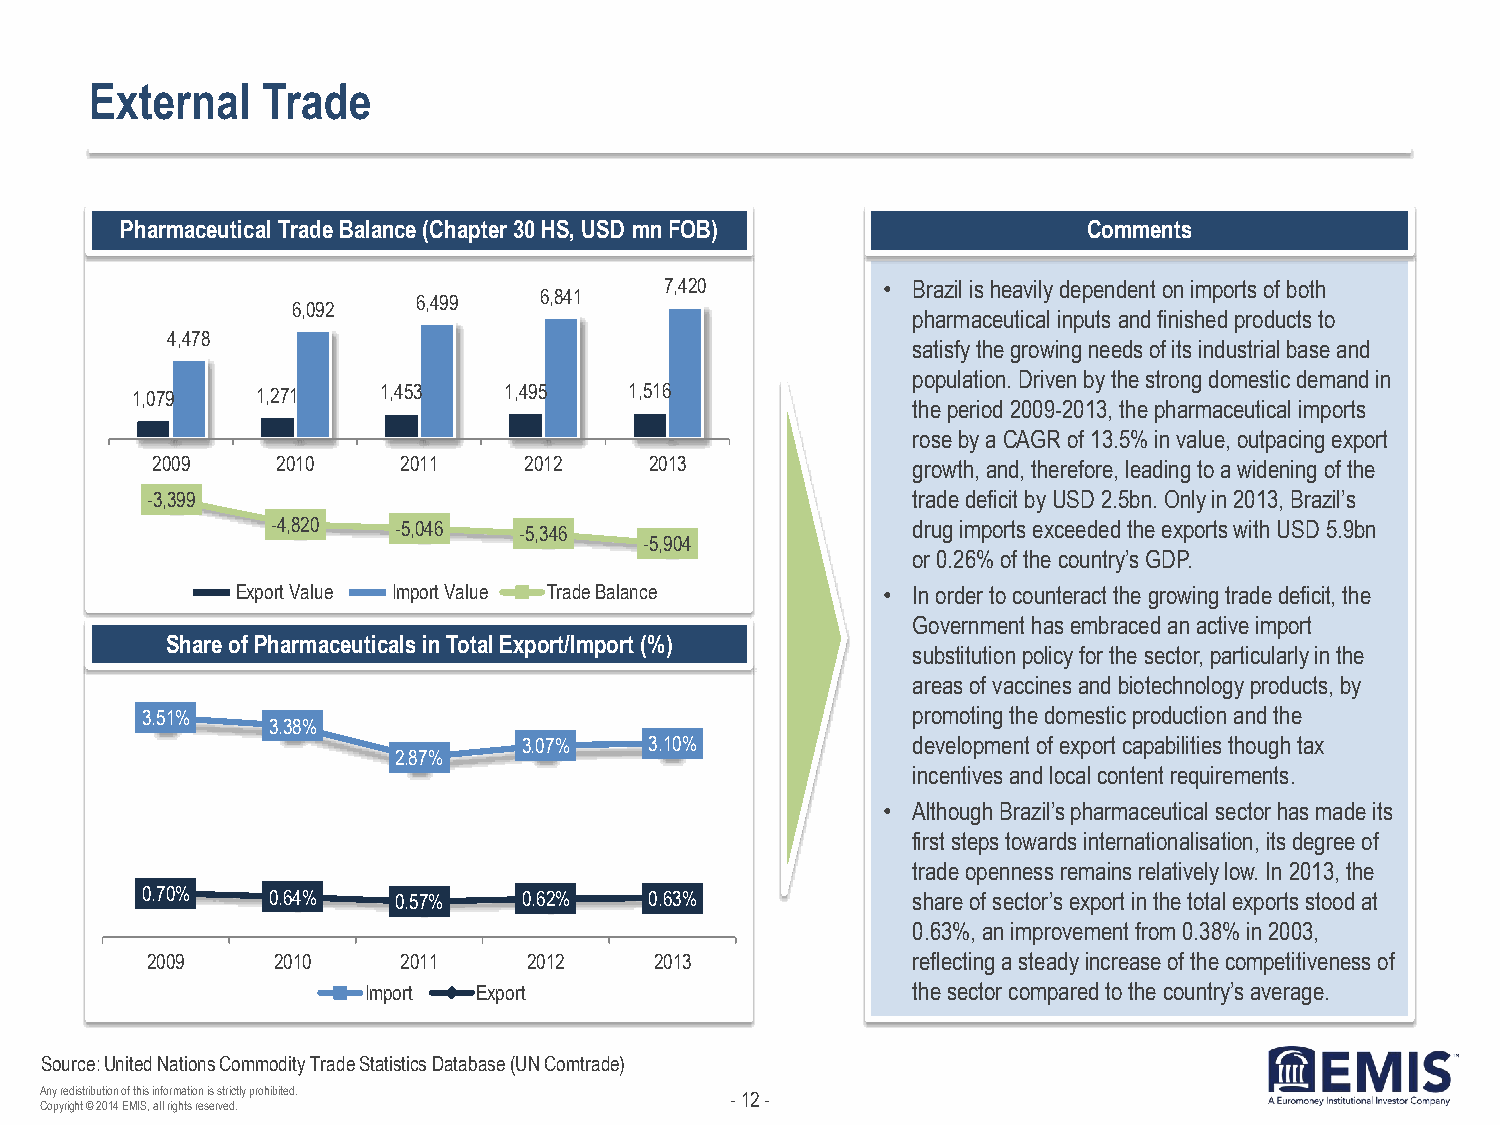
External   Trade
 Pharmaceutical Trade Balance (Chapter 30 HS, USD mn FOB)        Comments
 7,420         • Brazil is heavily dependent on imports of both
 6,499   6,841
 6,092
 pharmaceutical inputs and finished products to
 4,478
 satisfy the growing needs of its industrial base and
 population. Driven by the strong domestic demand in
 1,079   1,271   1,453   1,495    1,516
 the period 2009-2013, the pharmaceutical imports
 rose by a CAGR of 13.5% in value, outpacing export
 2009    2010     2011    2012    2013             growth, and, therefore, leading to a widening of the
 -3,399                                            trade deficit by USD 2.5bn. Only in 2013, Brazil’s
 -4,820  -5,046  -5,346                    drug imports exceeded the exports with USD 5.9bn
 -5,904
 or 0.26% of the country’s GDP.
 Export Value Import Value Trade Balance   • In order to counteract the growing trade deficit, the
 Government has embraced an active import
 Share of Pharmaceuticals in Total Export/Import (%)
 substitution policy for the sector, particularly in the
 areas of vaccines and biotechnology products, by
 3.51%                                              promoting the domestic production and the
 3.38%
 3.07%   3.10%            development of export capabilities though tax
 2.87%
 incentives and local content requirements.
 • Although Brazil’s pharmaceutical sector has made its
 first steps towards internationalisation, its degree of
 trade openness remains relatively low. In 2013, the
 0.70%    0.64%   0.57%    0.62%   0.63%            share of sector’s export in the total exports stood at
 0.63%, an improvement from 0.38% in 2003,
 2009    2010     2011    2012    2013             reflecting a steady increase of the competitiveness of
 Import  Export                      the sector compared to the country’s average.
 Source: United Nations Commodity Trade Statistics Database (UN Comtrade)
 Any redistribution of this information is strictly prohibited. - 12 -
 Copyright © 2014 EMIS, all rights reserved.